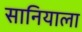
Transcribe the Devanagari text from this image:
सानियाला